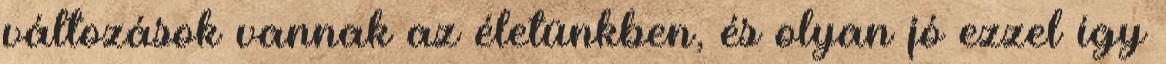
változások vannak az életünkben, és olyan jó ezzel így